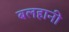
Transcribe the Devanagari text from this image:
बलहानी